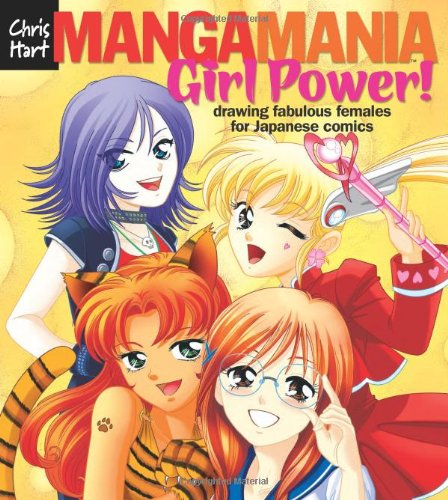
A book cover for Manga ManiaEE¢: Girl Power!: Drawing Fabulous Females for Japanese Comics; Christopher Hart; Comics & Graphic Novels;